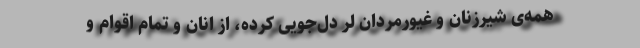
همه‌ی شیرزنان و غیورمردانِ لر دل‌جویی کرده، از انان و تمام اقوام و